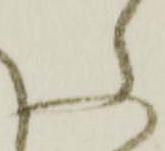
ふ